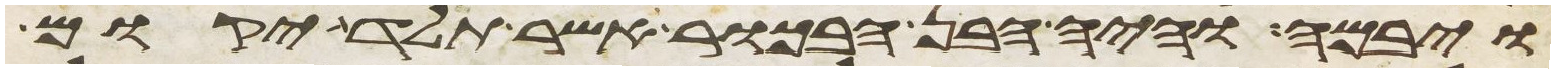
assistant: ויבמה והיה הבן הבכור אשר תלד יקום